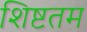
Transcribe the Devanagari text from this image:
शिष्टतम